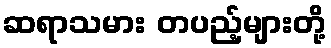
ဆရာသမား တပည့်များတို့